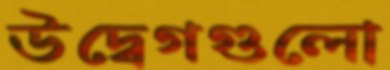
উদ্বেগগুলো